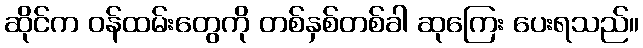
ဆိုင်က ဝန်ထမ်းတွေကို တစ်နှစ်တစ်ခါ ဆုကြေး ပေးရသည်။